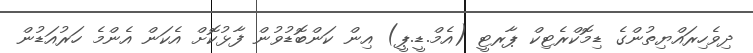
ދިވެހިރައްޔިތުންގެ ޑިމޮކްރެޓިކް ޕާރޓީ (އެމް.ޑީ.ޕީ) އިން ކަންބޮޑުވުން ފާޅުކޮށް އެކަން އެންމެ ހަރުއަޑުން